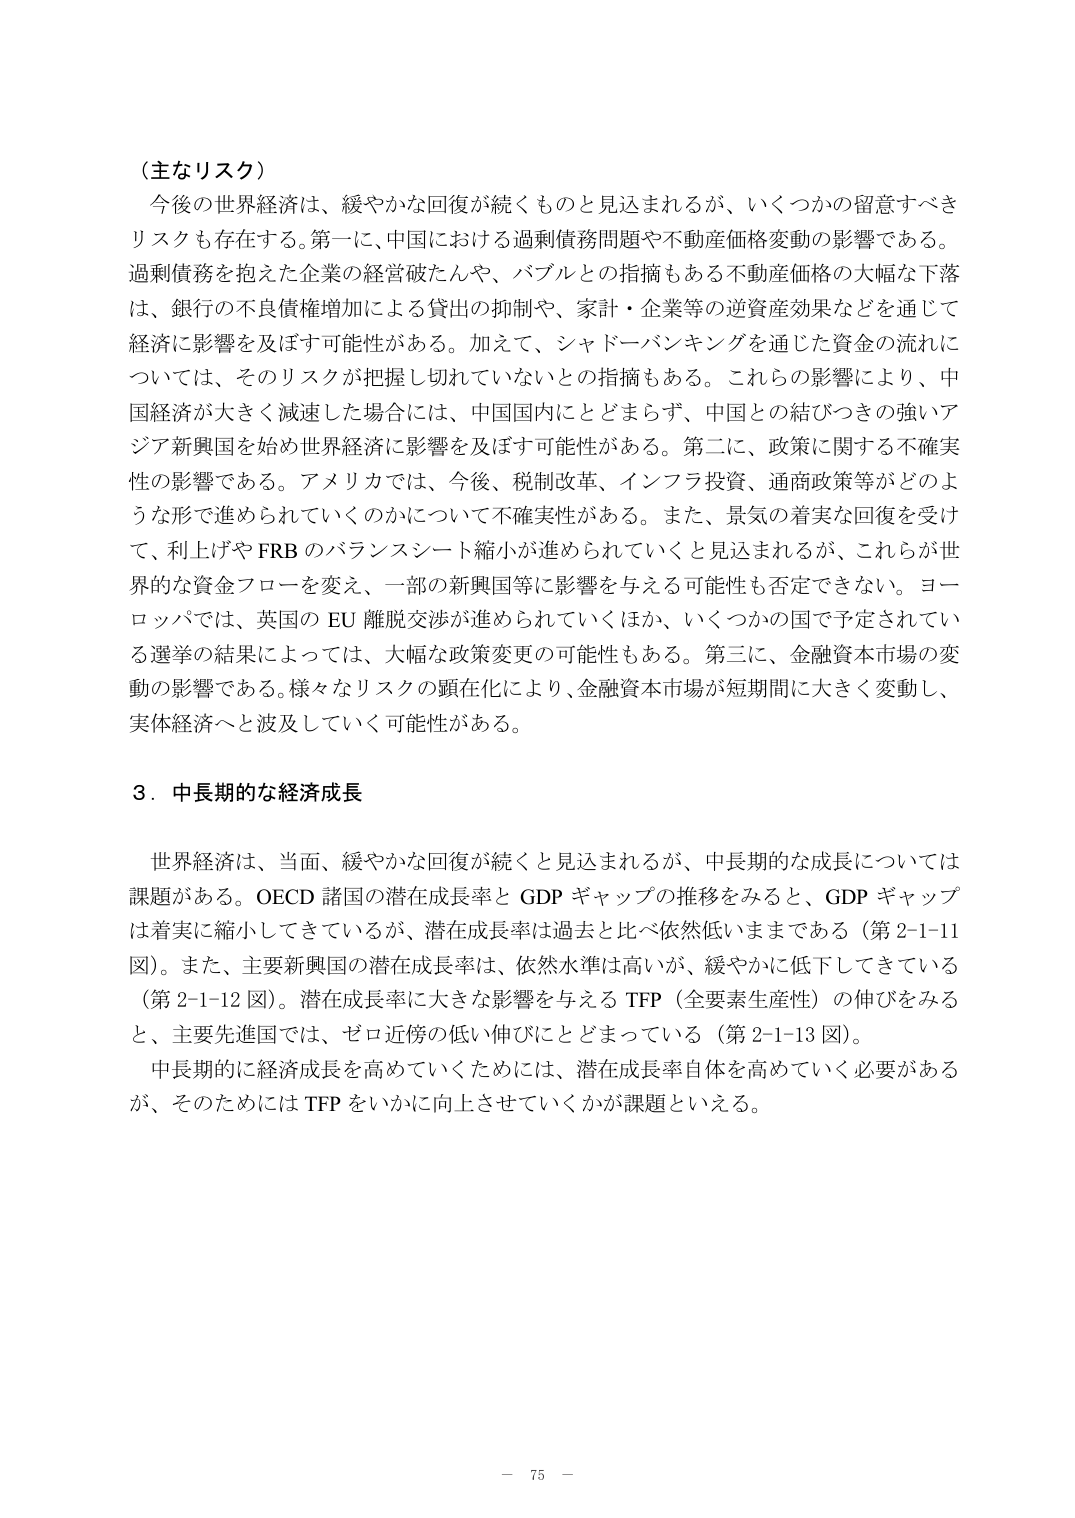
（主なリスク）

今後の世界経済は、緩やかな回復が続くものと見込まれるが、いくつかの留意すべきリスクも存在する。第一に、中国における過剰債務問題や不動産価格変動の影響である。過剰債務を抱えた企業の経営破たんや、バブルとの指摘もある不動産価格の大幅な下落は、銀行の不良債権増加による貸出の抑制や、家計・企業等の逆資産効果などを通じて経済に影響を及ぼす可能性がある。加えて、シャドーバンキングを通じた資金の流れについては、そのリスクが把握しきれていないとの指摘もある。これらの影響により、中国経済が大きく減速した場合には、中国国内にとどまらず、中国との結びつきの強いアジア新興国を始め世界経済に影響を及ぼす可能性がある。第二に、政策に関する不確実性の影響である。アメリカでは、今後、税制改革、インフラ投資、通商政策等がどのような形で進められていくのかについて不確実性がある。また、景気の着実な回復を受けて、利上げやFRBのバランスシート縮小が進められていくと見込まれるが、これらが世界的な資金フローを変え、一部の新興国等に影響を与える可能性も否定できない。ヨーロッパでは、英国のEU離脱交渉が進められていくほか、いくつかの国で予定されている選挙の結果によっては、大幅な政策変更の可能性もある。第三に、金融資本市場の変動の影響である。様々なリスクの顕在化により、金融資本市場が短期間に大きく変動し、実体経済へと波及していく可能性がある。

3．中長期的な経済成長

世界経済は、当面、緩やかな回復が続くと見込まれるが、中長期的な成長については課題がある。OECD諸国の潜在成長率とGDPギャップの推移をみると、GDPギャップは着実に縮小してきているが、潜在成長率は過去と比べ依然低いままである（第2-1-11図）。また、主要新興国の潜在成長率は、依然水準は高いが、緩やかに低下してきている（第2-1-12図）。潜在成長率に大きな影響を与えるTFP（全要素生産性）の伸びをみると、主要先進国では、ゼロ近傍の低い伸びにとどまっている（第2-1-13図）。

中長期的に経済成長を高めていくためには、潜在成長率自体を高めていく必要があるが、そのためにはTFPをいかに向上させていくかが課題といえる。

－ 75 －